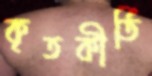
কৃতকীর্তি